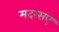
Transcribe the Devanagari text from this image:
मदरसए